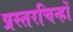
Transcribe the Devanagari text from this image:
प्रस्तरचिन्हों